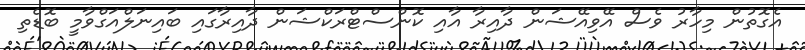
އެގޮތުން މިހާރު ވެސް އޭވިއޭޝަން ދާއިރާ އާއި ކޮންސްޓްރަކްޝަން ދާއިރާގައި ބައިނަލްއަގްވާމީ ބޮޑެތި